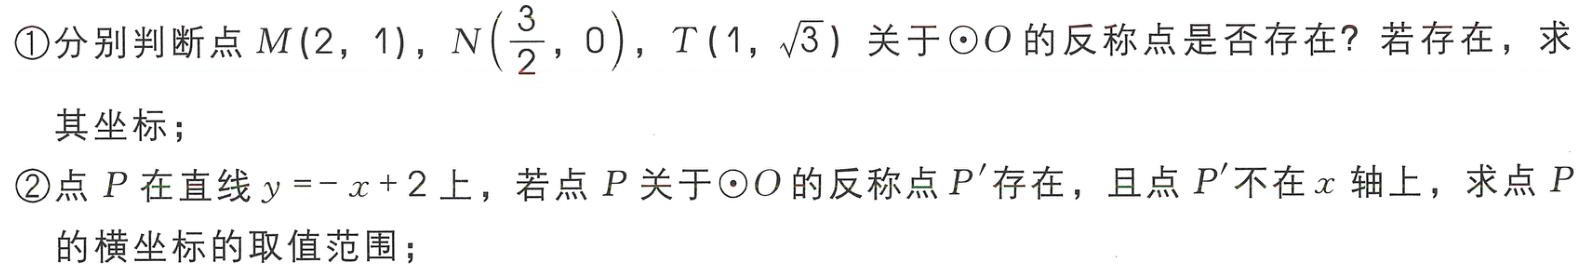
\textcircled{1}分别判断点\(M(2,1)\)，\(N(\frac{3}{2},0)\)，\(T(1,\sqrt{3})\)关于\(\odot O\)的反称点是否存在？若存在，求其坐标；
\textcircled{2}点\(P\)在直线\(y = -x + 2\)上，若点\(P\)关于\(\odot O\)的反称点\(P'\)存在，且点\(P'\)不在\(x\)轴上，求点\(P\)的横坐标的取值范围；